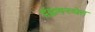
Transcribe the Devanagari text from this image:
द्वंद्वावस्थेत